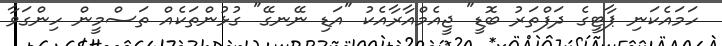
ހަމައެކަނި ޕާޓީގެ ދަފްތަރު ބޮޑީ" ޖީއެމްއާރާއެކު "އަޑި ނޭނގޭ" ގުޅުންތަކެއް ތަސްމީން ހިންގަވާ